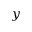
y